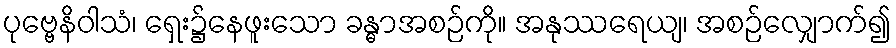
ပုဗ္ဗေနိဝါသံ၊ ရှေး၌နေဖူးသော ခန္ဓာအစဉ်ကို။ အနုဿရေယျ၊ အစဉ်လျှောက်၍